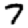
Digit: 7